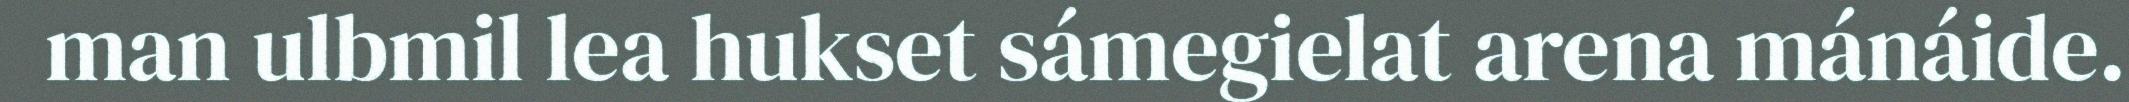
man ulbmil lea hukset sámegielat arena mánáide.